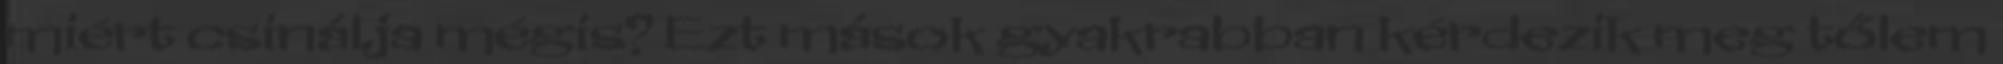
miért csinálja mégis? Ezt mások gyakrabban kérdezik meg tőlem